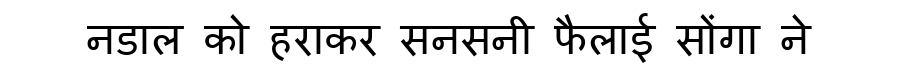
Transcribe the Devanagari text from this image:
नडाल को हराकर सनसनी फैलाई सोंगा ने